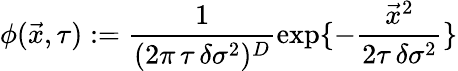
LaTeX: \phi(\vec{x},\tau):=\frac{1}{(2\pi\, \tau\, \delta\sigma^{2})^{D}}\exp\{ -\frac{\vec{x}^{2}}{2\tau\, \delta\sigma^{2}}\}